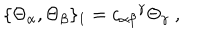
LaTeX: \{ \Theta _ { \alpha } , \Theta _ { \beta } \} _ { 1 } = { c _ { \alpha \beta } } ^ { \gamma } \Theta _ { \gamma } \ ,